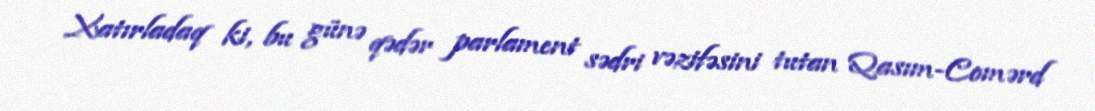
Xatırladaq ki, bu günə qədər parlament sədri vəzifəsini tutan Qasım-Comərd